Madras plague regulations and rules for the city of Madras
Disease focus: Plague
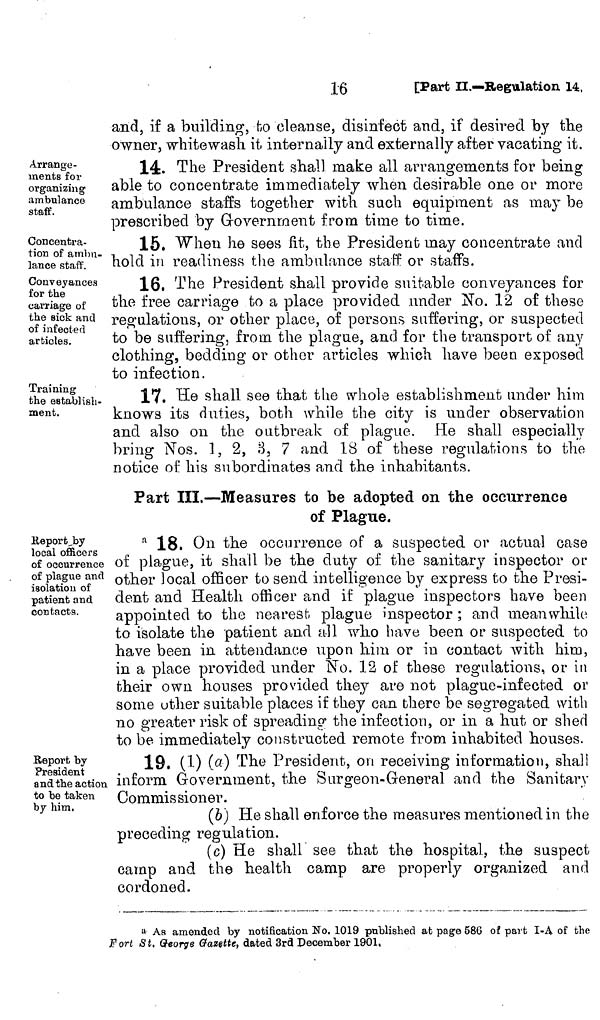
and, if a building, fco cleanse, disinfect and, if desired by the
owner, whitewash it. internally and externally after vacating it.
Arrange-
ments for
organizing
ambulance
staff.
14. The President shall make all arrangements for being
able to concentrate immediately when desirable one or more
ambulance staffs together with such equipment as may be
prescribed by Government from time to time.
Concentra-
tion of ambu-
lance staff.
15, When he sees fit, the President may concentrate and
hold in readiness the ambulance staff or staffs.
Conveyances
for the
carriage of
the sick and
of infected
articles.
16. The President shall provide suitable conveyances for
the free carriage to a place provided under No. 12 of these
regulations, or other place, of persons suffering, or suspected
to be suffering, from the plague, and for the transport of any
clothing, bedding or other articles which have been exposed
to infection.
Training
the establish-
ment.
17. He shall see that the whole establishment under him
knows its duties, both while the city is under observation
and also on the outbreak of plague. He shall especially
bring Nos. 1, 2, 3, 7 and 18 of these regulations to the
notice of his subordinates and the inhabitants.
Part III.—Measures to be adopted on the occurrence
of Plague.
Report by
local officers
of occurrence
of plague and
isolation of
patient and
contacts.
a 18. On the occurrence of a suspected or actual case
of plague, it shall be the duty of the sanitary inspector or
other local officer to send intelligence by express to the Presi-
dent and Health officer and if plague inspectors have been
appointed to the nearest plague inspector ; and meanwhile
to isolate the patient and all who have been or suspected to
have been in attendance upon him or in contact with him,
in a place provided under No. 12 of these regulations, or in
their own houses provided they are not plague-infected or
some other suitable places if they can there be segregated with
no greater risk of spreading the infection, or in a hut or shed
to be immediately constructed remote from inhabited houses.
Report by
President
and the action
to be taken
by him.
19. (1) (a) The President, on receiving information, shall
inform Government, the Surgeon-General and the Sanitary
Commissioner.
(b) He shall enforce the measures mentioned in the
preceding regulation.
(c) He shall see that the hospital, the suspect
camp and the health camp are properly organized and
cordoned.
a As amended by notification No. 1019 published at page 586 of part I-A of the
Fort St, George Gazette, dated 3rd December 1901,